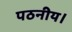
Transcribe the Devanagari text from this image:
पठनीय।